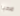
مرحبا